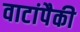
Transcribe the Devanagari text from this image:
वाटांपैकी